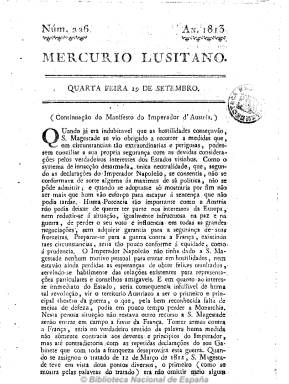
Título: Mercurio lusitano
Colección: Periódicos anteriores a 1850
Ámbito geográfico: Portugal
Lugar de publicación: Lisboa
Fechas: 29/09/1813-28/06/1814

Tras la evacuación de los ejércitos napoleónicos de Portugal, saldrá este diario de la Impressáo Regia, de Lisboa, “com liçença de S.A.R.”, en números de cuatro páginas, considerado como continuador de O semanario lusitano (1809-1812), editado y redactado por Teodoro José Biancardi. Se publicará desde el uno de septiembre de 1812 al 22 de diciembre de 1815 y rivalizará con el Telégrafo portugués. De carácter político y noticioso y de tendencia antifrancesa, incluye noticias y artículos, tanto locales, como concernientes a España y Europa, extractos de otros periódicos, correspondencia, etc. Entre los contenidos que aparecen en los tres números de la colección de la Biblioteca Nacional de España, se encuentra la continuación del manifiesto del emperador de Austria, un boletín sobre el ejército francés, correspondencia de Lisboa y noticias de España. Véase el estudio sobre este periódico y Biancardi en: Boletín do Arquivo Histórico Militar (Lisboa), vol. 12 (1942), p. 17-39.